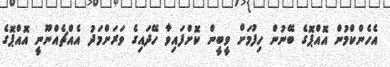
އެހެންކްމުން އޮއްޕޮގެ ބޭނުން ހިފުމަށް ވީބީން ކޮށްފައިވާ ހޭދައިގެ ވަރަށްމަދު އެއްޗެއްނޫނީ އޮއްޕޮގެ